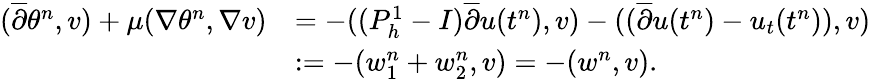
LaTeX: \begin{array}{rl}{(\overline{{\partial}}\theta^{n},v)+\mu(\nabla\theta^{n},\nabla v)}&{=-((P_{h}^{1}-I)\overline{{\partial}}u(t^{n}),v)-((\overline{{\partial}}u(t^{n})-u_{t}(t^{n})),v)}\\ &{:=-(w_{1}^{n}+w_{2}^{n},v)=-(w^{n},v).}\end{array}